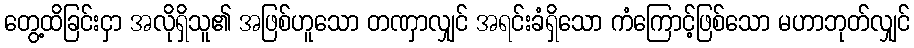
တွေ့ထိခြင်းငှာ အလိုရှိသူ၏ အဖြစ်ဟူသော တဏှာလျှင် အရင်းခံရှိသော ကံကြောင့်ဖြစ်သော မဟာဘုတ်လျှင်